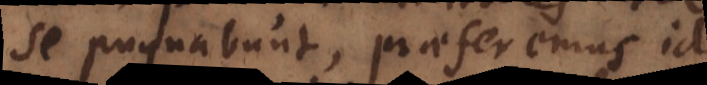
se pugnabunt, praeferemus id